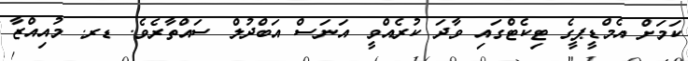
ކަމަށް އެމްޑީޕީގެ ޓިކެޓްގައި ވާދަ ކުރެއްވީ އަނަސް އަބްދުލް ސައްތާރެވެ. ޑރ. މުއިއްޒާ